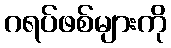
ဂရပ်ဖစ်များကို